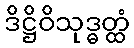
ဒိဋ္ဌိဝိသုဒ္ဓတ္ထံ